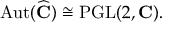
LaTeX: \operatorname { A u t } ( { \widehat { \mathbf { C } } } ) \cong \operatorname { P G L } ( 2 , \mathbf { C } ) .